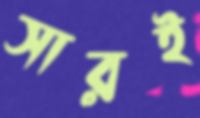
সারই